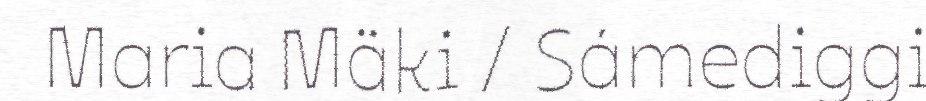
Maria Mäki / Sámediggi